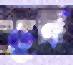
চূর্ণ